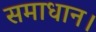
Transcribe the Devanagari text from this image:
समाधान।